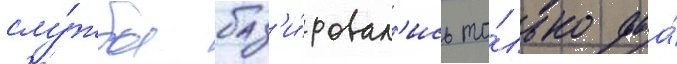
слу́жбы баз'и́ровал'ись то́лько два́